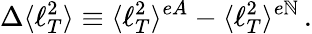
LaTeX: \Delta\langle\ell_{T}^{2}\rangle\equiv\langle\ell_{T}^{2}\rangle^{eA}-\langle\ell_{T}^{2}\rangle^{e\mathbb{N}}\, .